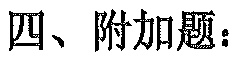
四、附加题：